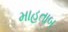
માહતાબ